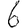
Digit: 6